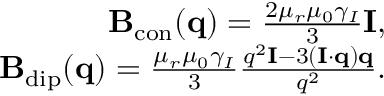
\begin{array} { r } { \mathbf { B } _ { \mathrm { c o n } } ( \mathbf { q } ) = \frac { 2 \mu _ { r } \mu _ { 0 } \gamma _ { I } } { 3 } \mathbf { I } , } \\ { \mathbf { B } _ { \mathrm { d i p } } ( \mathbf { q } ) = \frac { \mu _ { r } \mu _ { 0 } \gamma _ { I } } { 3 } \frac { q ^ { 2 } \mathbf { I } - 3 ( \mathbf { I } \cdot \mathbf { q } ) \mathbf { q } } { q ^ { 2 } } . } \end{array}